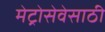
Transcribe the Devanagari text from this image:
मेट्रोसेवेसाठी